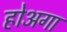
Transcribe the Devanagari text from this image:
होअगा